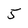
Character: 5